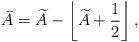
LaTeX: \begin{align*}\bar A=\widetilde A-\left\lfloor \widetilde A+\frac12\right\rfloor,\end{align*}